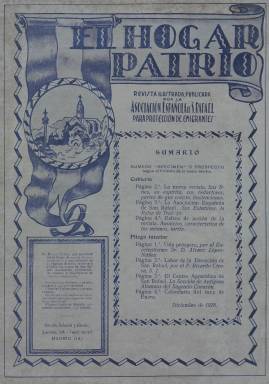
Título: El Hogar patrio
Colección: Economía
Ámbito geográfico: Madrid
Lugar de publicación: Madrid
Fechas: 01/12/1928-30/06/1936

Es continuación de Nuestra emigración, el boletín de la Asociación Española de San Rafael para Protección de Emigrantes, que estuvo publicándose desde enero de 1917, y que forma también parte de la colección hemerográfica de la Biblioteca Nacional de España (BNE). A partir de diciembre de 1928 comienza a publicarse esta cabecera, que lleva ahora el subtítulo de “revista ilustrada”, con nueva secuencia numérica y en entregas de dos docenas de páginas, compuestas a dos columnas, con la inclusión de fotograbados en blanco y negro, y tratando los mismos asuntos de los que venía ya informando la anterior publicación.

Entre los fines de la asociación, que presidía el jesuita y científico Ricardo Cirera (1864-1932), promotor y primer director del Observatorio del Ebro, estaba la de “prevenir, remediar o atenuar “ los “malos efectos religiosos, morales, sociales y económicos” de la emigración. Tenía establecidas delegaciones en varios puertos marítimos españoles y contaba con corresponsales en varios países. Publica estadísticas sobre la emigración española a América o Francia, principalmente, y otras sobre las misiones de los emigrados españoles en ese país, acompañadas a veces de mapas y croquis. Así mismo, ofrece noticias, informaciones y artículos sobre esta materia, como son las normas legales sobre emigración, con textos bajo el epígrafe Tutela oficial de la emigración o Las migraciones internacionales y su reglamentación: problema político y jurídico.

También, entre sus textos sobre emigración aparecen los titulados La colonia española en Buenos Aires y Ramiro de Maeztu, otro sobre la carta pastoral del cardenal Segura, sobre el cuidado espiritual de la emigración, sobre el Congreso de International Migration Service y el titulado La emigración española como fenómeno de cultura. Además de una sección dedicada al desarrollo interno y la actividad de la propia asociación, también publica una crónica mensual de actualidad, en el que no obvia los asuntos políticos y sociales, como fue el mitin de Afirmación Monárquica, celebrado el 20 de abril de 1930 en Madrid, o los textos bajo los epígrafes La Acción Católica y la política y Organización de las Juventudes Católicas en España. Otras secciones son unas Efemérides mensuales de España, un Calendario mensual, y otras de Noticias de América, Francia, e incluso del norte de África, así como otra de Bibliografía. A todo ello suma otros contenidos de tipo religioso, como el aniversario del dogma de la Inmaculada, noticias varias del movimiento católico, tanto nacionales como internacionales, así como otros de variada actualidad o de divulgación técnica. Entre los que firman sus textos, aparecen los nombres de José Artero y Álvaro López Núñez.

[Descripción modificada el 3/10/2018]